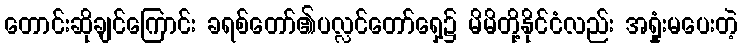
တောင်းဆိုချင်ကြောင်း ခရစ်တော်၏ပလ္လင်တော်ရှေ့၌ မိမိတို့နိုင်ငံလည်း အရှုံးမပေးတဲ့